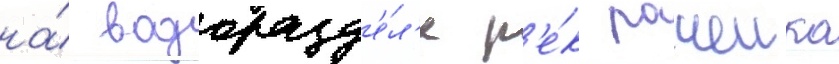
на́ водоразд'е́л'е р'е́к рачеика